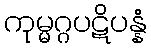
ကုမ္မဂ္ဂပဋိပန္နံ